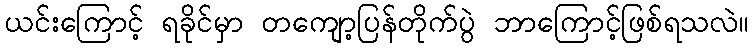
ယင်းကြောင့် ရခိုင်မှာ တကျော့ပြန်တိုက်ပွဲ ဘာကြောင့်ဖြစ်ရသလဲ။